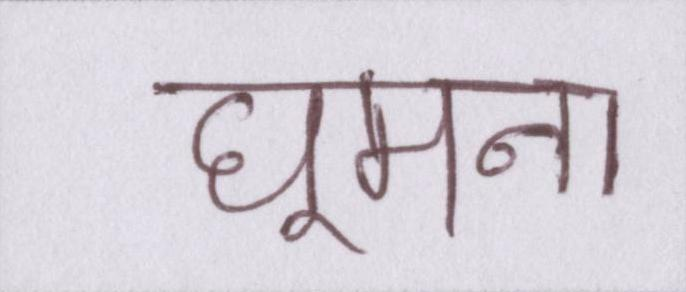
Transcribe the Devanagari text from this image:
घूमना